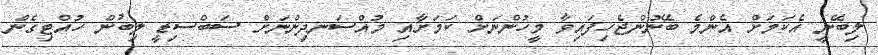
ލިބޭނީ އެކަމަށް އެންމެ ބޭނުންޖެހިފައިވާ މީހުންނަށް ކަމަށާއި މުއްސަނދިންނަށް ސަބްސިޑީ ލިބުން ހުއްޓިގެން